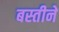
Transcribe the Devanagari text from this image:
बस्तीने